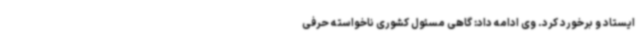
ایستاد و برخورد کرد. وی ادامه داد: گاهی مسئول کشوری ناخواسته حرفی